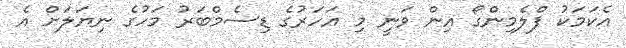
އެކަމަކު ފްލެމިންގޯ އިން ވަނީ މި އަހަރުގެ ޑިސެމްބަރު މަހުގެ ނިޔަލަށް އެ